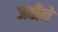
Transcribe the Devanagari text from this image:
जतीने